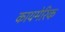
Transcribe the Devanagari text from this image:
कायमेरिक